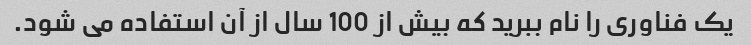
یک فناوری را نام ببرید که بیش از 100 سال از آن استفاده می شود.